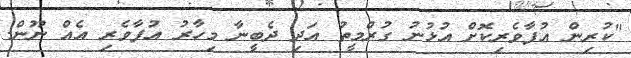
"ކުރިން އުފާވެރިކޮށް އުޅުނު ގުރްމީތު އަދި ދެބީނާ މިހާރު އުފާވެރި އެއް ނޫން.